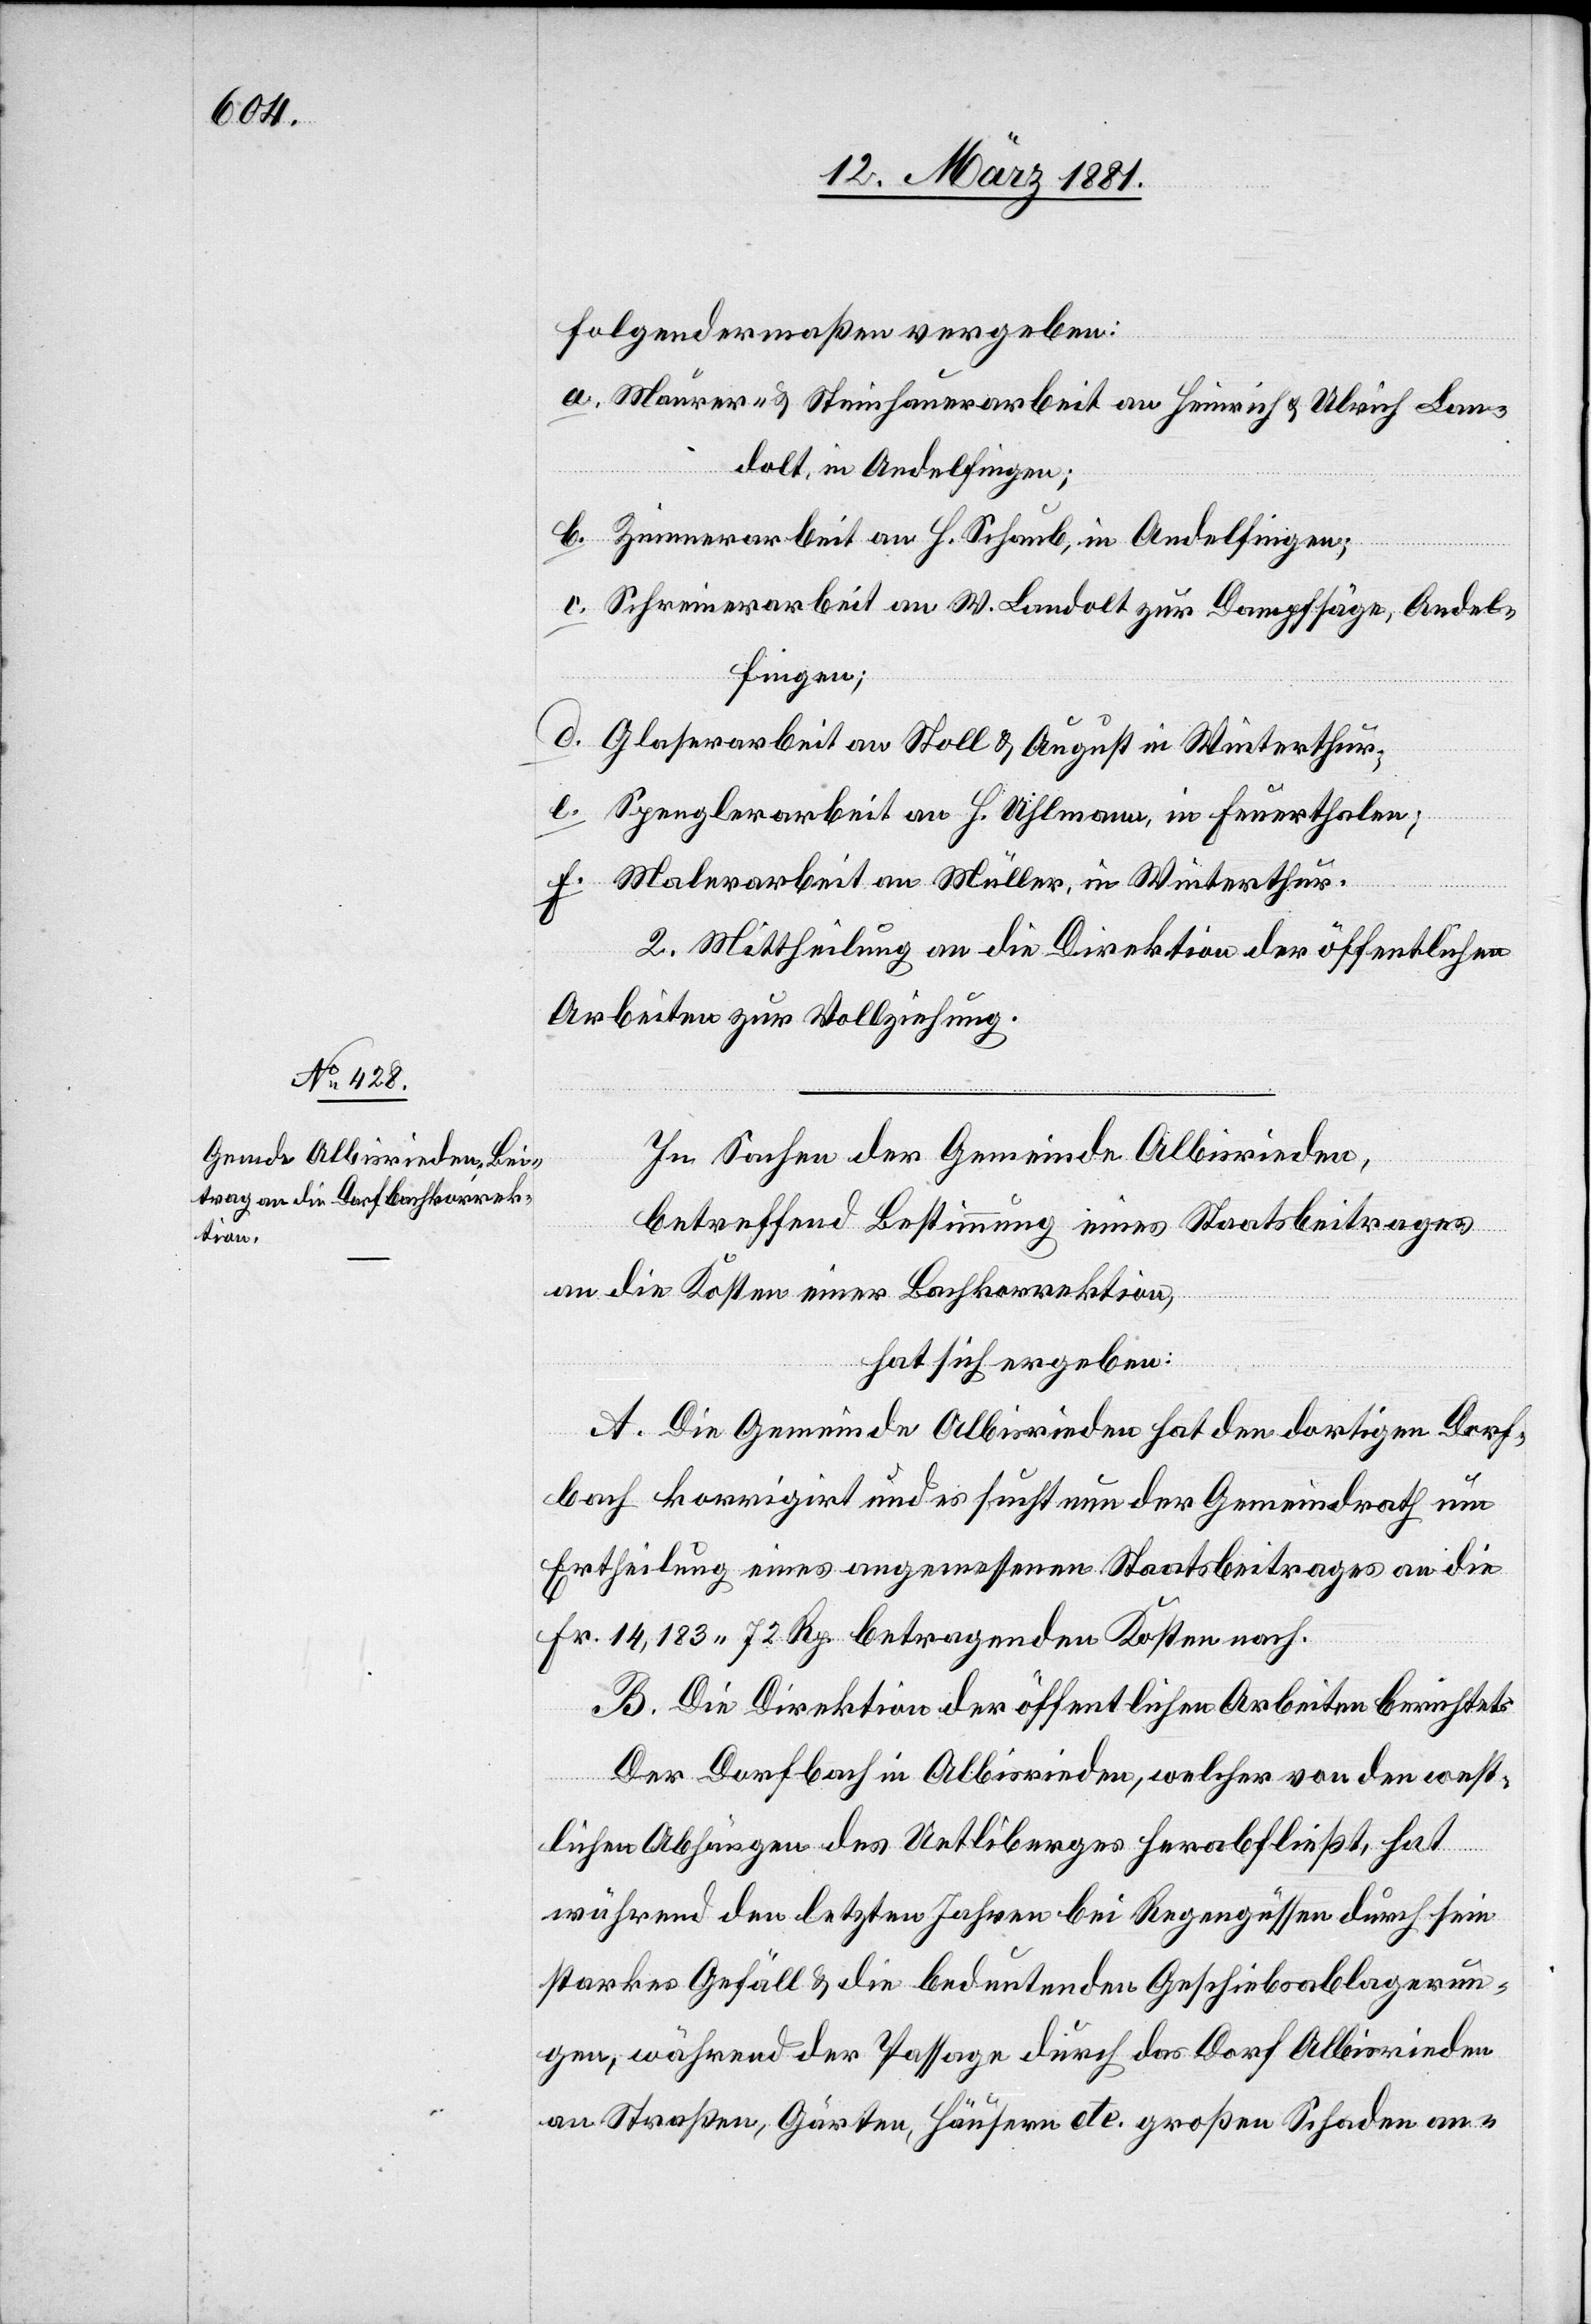
folgendermaßen vergeben:
a. Maurer- & Steinhauerarbeit an Heinrich & Ulrich Lan¬
dolt in Andelfingen;
b. Zimmerarbeit an H. Schaub, in Andelfingen;
c. Schreinerarbeit an W. Landolt zur Dampfsäge, Andel¬
fingen;
d. Glaserarbeit an Stoll & August in Winterthur;
e. Spenglerarbeit an H. Uhlmann, in Feuerthalen;
f. Malerarbeit an Müller, in Winterthur.
2. Mittheilung an die Direktion der öffentlichen
Arbeiten zur Vollziehung.
In Sachen der Gemeinde Albisrieden,
betreffend Bestimmung eines Staatsbeitrages
an die Kosten einer Bachkorrektion,
hat sich ergeben:
A. Die Gemeinde Albisrieden hat den dortigen Dorf¬
bach korrigirt und es such nun der Gemeindrath um
Ertheilung eines angemessenen Staatsbeitrages an die
Fr. 14,183 72 Rp. betragenden Kosten nach.
B. Die Direktion der öffentlichen Arbeiten berichtet:
Der Dorfbach in Albisrieden, welcher von den west¬
lichen Abhängen des Uetliberges herabfließt, hat
während den letzten Jahren bei Regengüssen durch sein
starkes Gefäll & die bedeutenden Geschiebsablagerun¬
gen, während der Passage durch das Dorf Albisrieden
an Straßen, Gärten, Häusern etc. großen Schaden an-